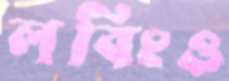
লবিংও